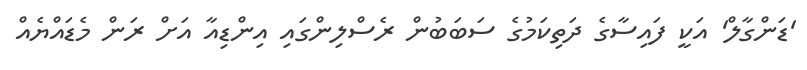
'ޑަންގާލް' އަކީ ފައިސާގެ ދަތިކަމުގެ ސަބަބުން ރެސްލިންގައި އިންޑިއާ އަށް ރަން މެޑައްޔެއް